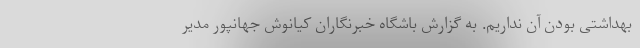
بهداشتی بودن آن نداریم. به گزارش باشگاه خبرنگاران کیانوش جهانپور مدیر